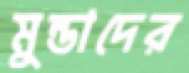
মুন্ডাদের